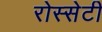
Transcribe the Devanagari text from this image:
रोस्सेटी